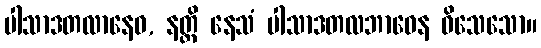
ပါသာဒတလာနေဝ, နတ္ထိ နေသံ ပါသာဒတလဘာဝေန ဝိသေသော။